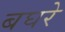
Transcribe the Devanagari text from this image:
बघरे